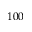
1 0 0